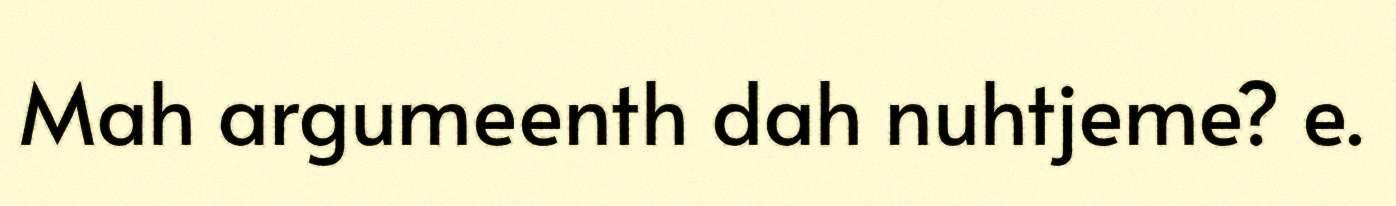
Mah argumeenth dah nuhtjeme? e.